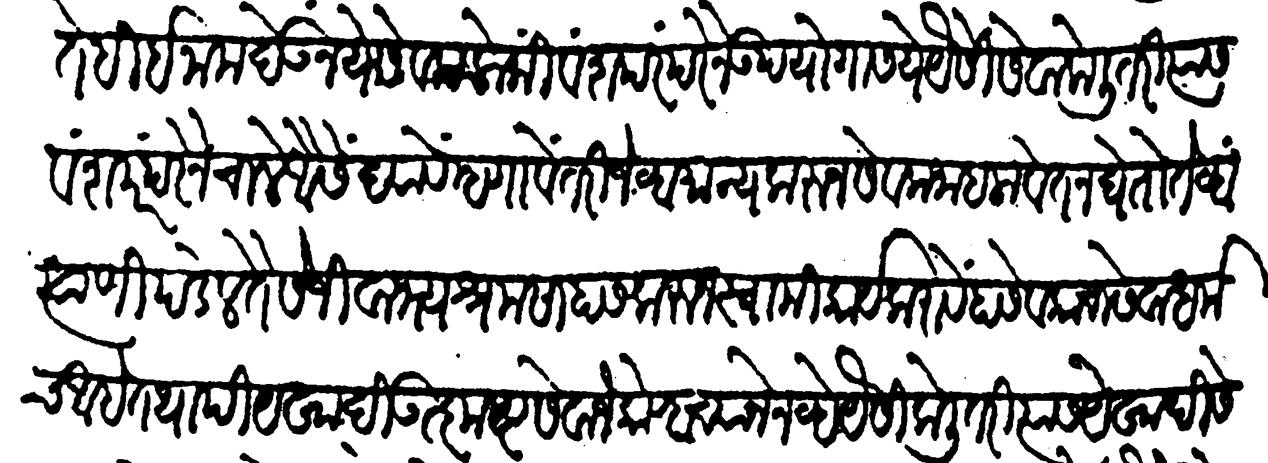
Transliteration (Devanagari): ते ही इनाम देऊ नये सेवक लोक वंशपरंपरेने उपयोगास ये यैसी सेवा केली तरी त्यास वंशपरंपरेने चाले यैसे द्यावे म्हणावे तरी जेव्हा मान्य करून सेवक जाहला वेतन घेतो तेव्हा त्याणी पडेल तैसे जिवाभ्य श्रम साहास करून स्वामी कार्ये करावे हा सेवकाचा सेवा धर्मच आहे तथापि येखादी उत्कृष्ट सेवा जे कोण्हाच्याने जन्हवे यैसी केली तरी त्यास येखादी से